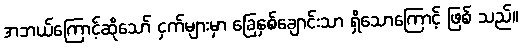
အဘယ်ကြောင့်ဆိုသော် ငှက်များမှာ ခြေနှစ်ချောင်းသာ ရှိသောကြောင့် ဖြစ် သည်။